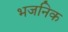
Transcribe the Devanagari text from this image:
भजनिक